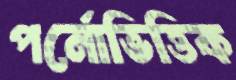
পর্নোভিত্তিক